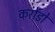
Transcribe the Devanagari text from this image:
करोंडों